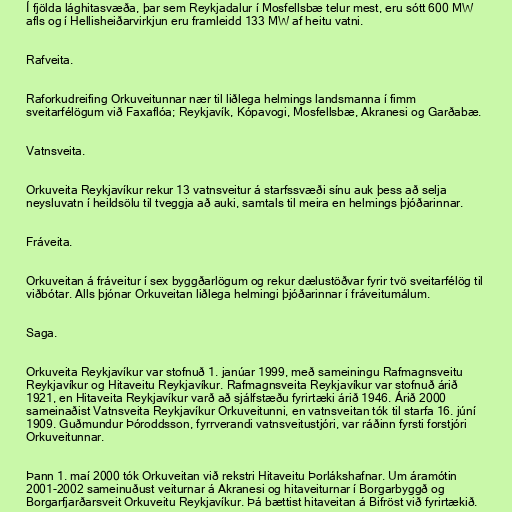
Í fjölda lághitasvæða, þar sem Reykjadalur í Mosfellsbæ telur mest, eru sótt 600 MW
afls og í Hellisheiðarvirkjun eru framleidd 133 MW af heitu vatni.

Rafveita.

Raforkudreifing Orkuveitunnar nær til liðlega helmings landsmanna í fimm
sveitarfélögum við Faxaflóa; Reykjavík, Kópavogi, Mosfellsbæ, Akranesi og Garðabæ.

Vatnsveita.

Orkuveita Reykjavíkur rekur 13 vatnsveitur á starfssvæði sínu auk þess að selja
neysluvatn í heildsölu til tveggja að auki, samtals til meira en helmings þjóðarinnar.

Fráveita.

Orkuveitan á fráveitur í sex byggðarlögum og rekur dælustöðvar fyrir tvö sveitarfélög til
viðbótar. Alls þjónar Orkuveitan liðlega helmingi þjóðarinnar í fráveitumálum.

Saga.

Orkuveita Reykjavíkur var stofnuð 1. janúar 1999, með sameiningu Rafmagnsveitu
Reykjavíkur og Hitaveitu Reykjavíkur. Rafmagnsveita Reykjavíkur var stofnuð árið
1921, en Hitaveita Reykjavíkur varð að sjálfstæðu fyrirtæki árið 1946. Árið 2000
sameinaðist Vatnsveita Reykjavíkur Orkuveitunni, en vatnsveitan tók til starfa 16. júní
1909. Guðmundur Þóroddsson, fyrrverandi vatnsveitustjóri, var ráðinn fyrsti forstjóri
Orkuveitunnar.

Þann 1. maí 2000 tók Orkuveitan við rekstri Hitaveitu Þorlákshafnar. Um áramótin
2001-2002 sameinuðust veiturnar á Akranesi og hitaveiturnar í Borgarbyggð og
Borgarfjarðarsveit Orkuveitu Reykjavíkur. Þá bættist hitaveitan á Bifröst við fyrirtækið.